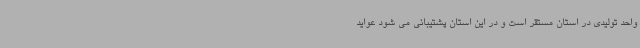
واحد تولیدی در استان مستقر است و در این استان پشتیبانی می شود عواید